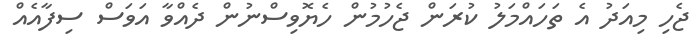
ޖެހި މިއަދު އެ ތަހައްމަލު ކުރަން ޖެހުމުން ހެޔޮވިސްނުން ދެއްވާ އަވަސް ސިފާއެއް